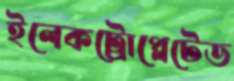
ইলেকট্রোপ্লেটেড